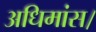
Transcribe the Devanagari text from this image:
अधिमांस।